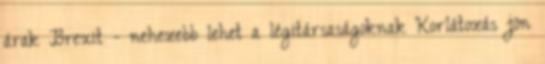
árak Brexit - nehezebb lehet a légitársaságoknak Korlátozás jön